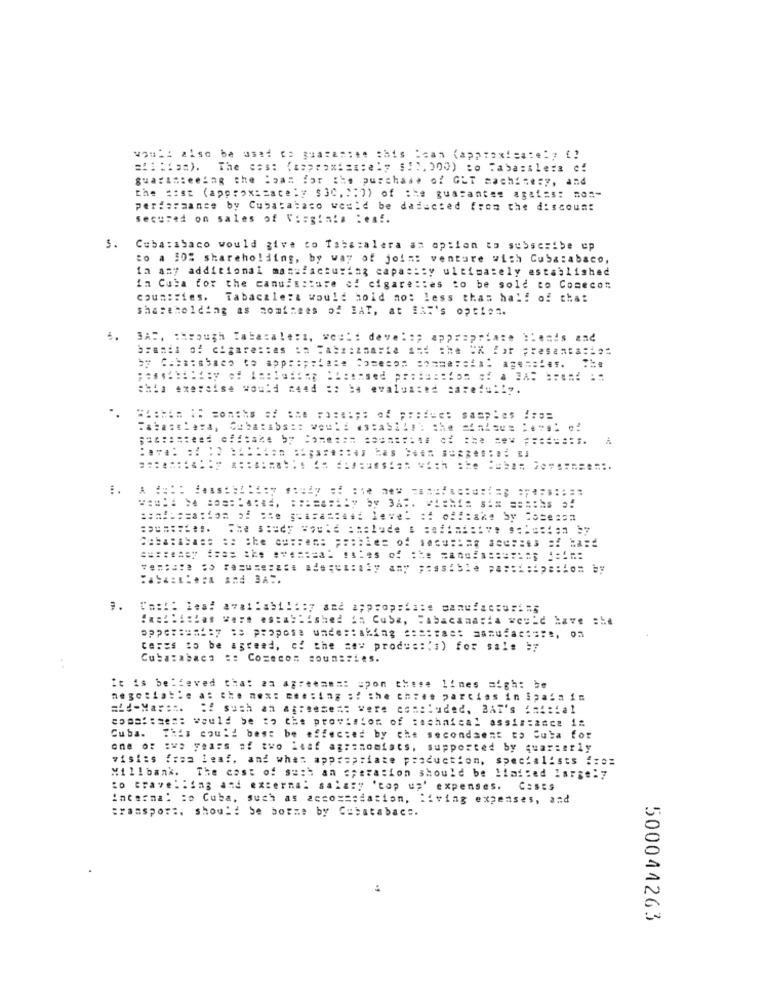
would also be used to guarantee this Mean (approximately (!
=2111aa). The 2as: (aprox= === ely $:1, 000) to Tabasalera c!
guaranteedag the Boan for the purchase of GLT machinery, and
the cost (approximately $30, ":)) of the guarantee agal=s: non-
performance by Cubatabaco would be daiucted from the discount
secured on sales of Vagin!a :eaf.
3.
Cubatabaco would give to Tabacalera an option to subscribe ep
to a 10% shareholding, by way of joint venture with Cubacabaco,
ia any additional manufacturing capacity ultimately established
in Cuba for the canuisstore of cigarettes to be sold to Comecon
countries.
Tabacale:& would hoid no: less thas half of that
shareholding as nominees of HAT, at BAR's option.
HAS, through Tabacale:s, would deve ::; appropriate tenis and
chia exercise would need :: be evaluated care !=!! y.
Campbichas were established in Cube, "abacanaria would have che
Capas to be agreed, of the === produ :: 's) for sale :7
Cuba:abaca :: Cozeco= soun :: i.s.
..
it is believed that aa ap :**===: upon these lines sigh: be
lines sigh: be
negotiable a: che aex: eee:ing :? the three parties in ipala im
=Ld-Ma ===.
of such an ap:sese == were can :: uded, BAT's :mi:1al
coast :ses: would be zo the provision of :schafcal assim:26ce 1:
Cuba.
This could best be affected by che secondsent to Cuta for
one or :we years of two leaf agrasomists, supported by quarterly
visits fraa leaf, and what appropriate production, specialists fre=
Willbank.
The cost of such an operation should be limited large:"
:o travelling and external sala:"
"top up' expenses.
CasEs
Interna! : o Cuba, such as acco=sedation, living expenses, and
transport, should be borme by Cubatabac :.
500044263